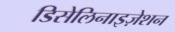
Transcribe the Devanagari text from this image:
डिसेलिनाइज़ेशन